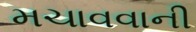
મચાવવાની